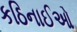
કઠિનાઈઓ